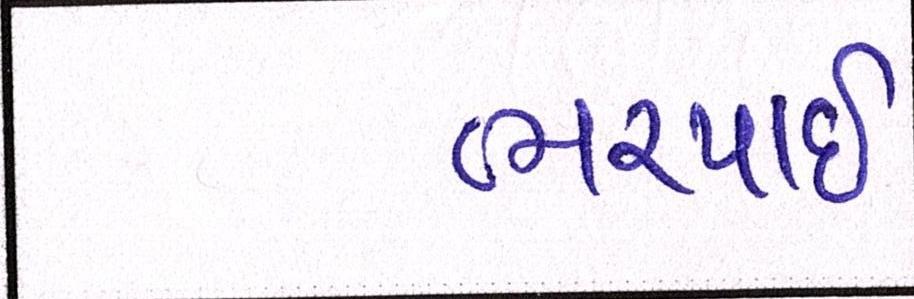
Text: ભરપાઈ